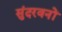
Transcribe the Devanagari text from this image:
सुंदरवनों